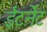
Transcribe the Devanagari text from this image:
ईंटर्नेट